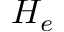
H _ { e }